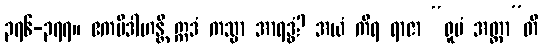
၃၇၆-၃၇၇။ ဧကမိဒါဟန္တိ ဣဒံ ကသ္မာ အာရဒ္ဓံ? အယံ ကိရ ရာဇာ “ရူပံ အတ္တာ”တိ